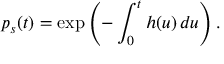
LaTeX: p _ { s } ( t ) = \exp \left( - \int _ { 0 } ^ { t } h ( u ) \, d u \right) .